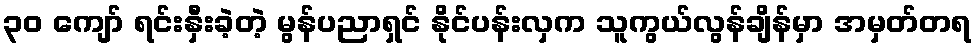
၃၀ ကျော် ရင်းနှီးခဲ့တဲ့ မွန်ပညာရှင် နိုင်ပန်းလှက သူကွယ်လွန်ချိန်မှာ အမှတ်တရ